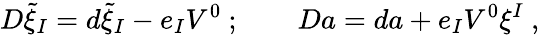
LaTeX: D\tilde{\xi}_{I}=d\tilde{\xi}_{I}-e_{I}V^{0}\ ;\qquad Da=da+e_{I}V^{0}\xi^{I}\ ,